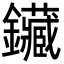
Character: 鑶